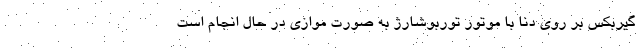
گیربکس بر روی دنا با موتور توربوشارژ به صورت موازی در حال انجام است